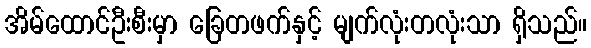
အိမ်ထောင်ဦးစီးမှာ ခြေတဖက်နှင့် မျက်လုံးတလုံးသာ ရှိသည်။